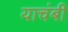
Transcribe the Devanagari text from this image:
याचंबी